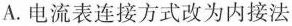
A. 电流表连接方式改为内接法